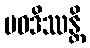
ပဝဒိဿန္တိ